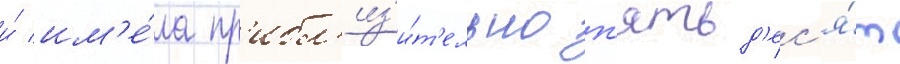
и́ им'е́ла пр'ибл'из'и́т'ельно п'ятьд'ес'я́т